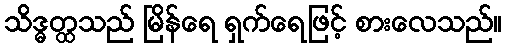
သိဒ္ဓတ္ထသည် မြိန်ရေ ရှက်ရေဖြင့် စားလေသည်။